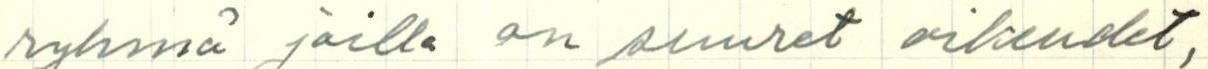
ryhmä joilla on suuret oikeudet,